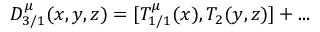
D _ { 3 / 1 } ^ { \mu } ( x , y , z ) = [ T _ { 1 / 1 } ^ { \mu } ( x ) , T _ { 2 } ( y , z ) ] + . . .